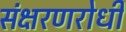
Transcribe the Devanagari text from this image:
संक्षरणरोधी